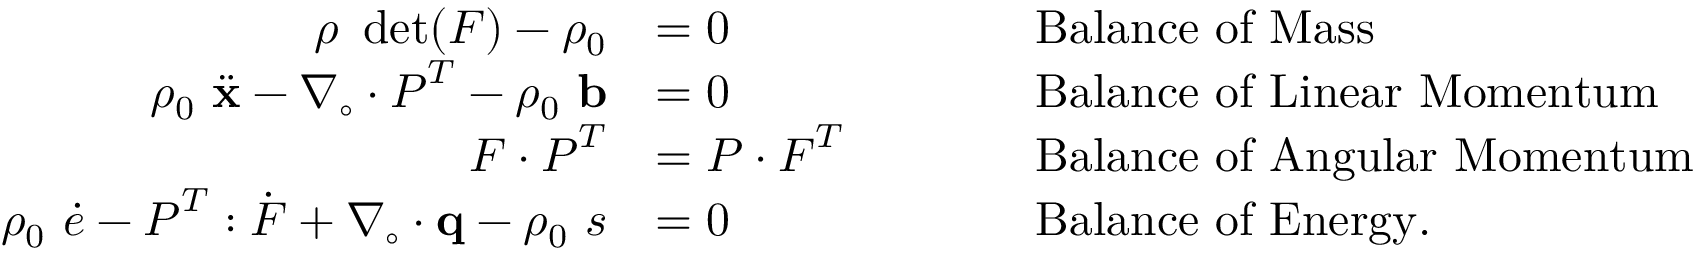
{ \begin{array} { r l r l } { \rho ~ \operatorname* { d e t } ( { \boldsymbol { F } } ) - \rho _ { 0 } } & { = 0 } & & { \qquad { \mathrm { B a l a n c e ~ o f ~ M a s s } } } \\ { \rho _ { 0 } ~ { \ddot { \mathbf { x } } } - { \boldsymbol { \nabla } } _ { \circ } \cdot { \boldsymbol { P } } ^ { T } - \rho _ { 0 } ~ \mathbf { b } } & { = 0 } & & { \qquad { \mathrm { B a l a n c e ~ o f ~ L i n e a r ~ M o m e n t u m } } } \\ { { \boldsymbol { F } } \cdot { \boldsymbol { P } } ^ { T } } & { = { \boldsymbol { P } } \cdot { \boldsymbol { F } } ^ { T } } & & { \qquad { \mathrm { B a l a n c e ~ o f ~ A n g u l a r ~ M o m e n t u m } } } \\ { \rho _ { 0 } ~ { \dot { e } } - { \boldsymbol { P } } ^ { T } : { \dot { \boldsymbol { F } } } + { \boldsymbol { \nabla } } _ { \circ } \cdot \mathbf { q } - \rho _ { 0 } ~ s } & { = 0 } & & { \qquad { \mathrm { B a l a n c e ~ o f ~ E n e r g y . } } } \end{array} }